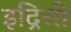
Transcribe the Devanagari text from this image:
इद्रिसी